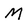
Character: M